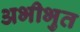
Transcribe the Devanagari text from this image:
अभीभुत